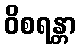
ဝိစရန္တာ